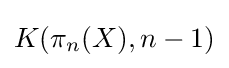
K(\pi _{n}(X),n-1)